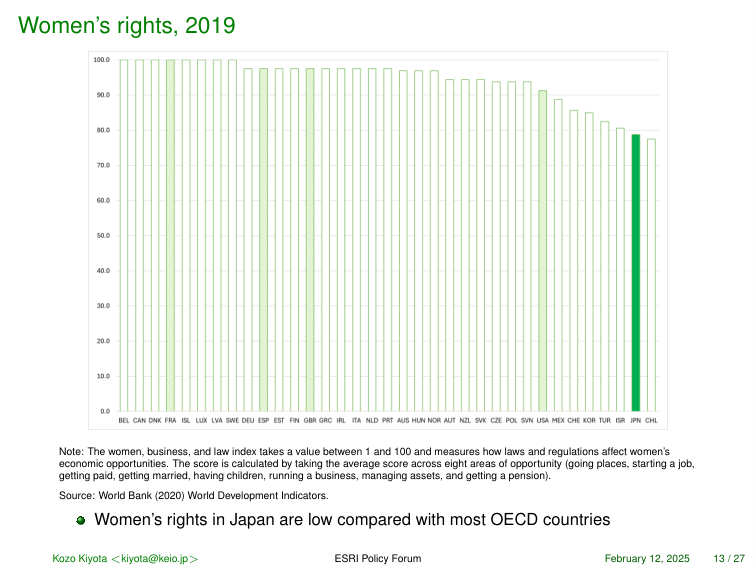
Women's rights, 2019

100.0
90.0
80.0
70.0
60.0
50.0
40.0
30.0
20.0
10.0
0.0

BEL CAN DNK FRA ISL LUX LVA SWE DEU ESP EST FIN GBR GRC IRL ITA NLD PRT AUS HUN NOR AUT NZL SVK CZE POL SVN USA MEX CHE KOR TUR ISR JPN CHL

Note: The women, business, and law index takes a value between 1 and 100 and measures how laws and regulations affect women’s economic opportunities. The score is calculated by taking the average score across eight areas of opportunity (going places, starting a job, getting paid, getting married, having children, running a business, managing assets, and getting a pension).

Source: World Bank (2020) World Development Indicators.

Women's rights in Japan are low compared with most OECD countries

Kozo Kiyota <kiyota@keio.jp> ESRI Policy Forum February 12, 2025 13 / 27